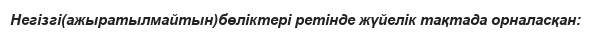
Негізгі(ажыратылмайтын)бөліктері ретінде жүйелік тақтада орналасқан: